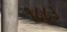
૧૮૮૩